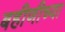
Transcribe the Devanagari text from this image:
बहीणीच्या